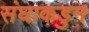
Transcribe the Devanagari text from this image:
संघाकडुन